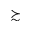
\succsim